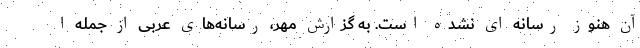
آن هنوز رسانه ای نشده است. به گزارش مهر، رسانه‌های عربی از جمله ا